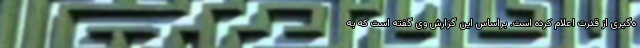
ه‌گیری از قدرت اعلام کرده است. براساس این گزارش وی گفته است که به